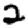
Digit: 2